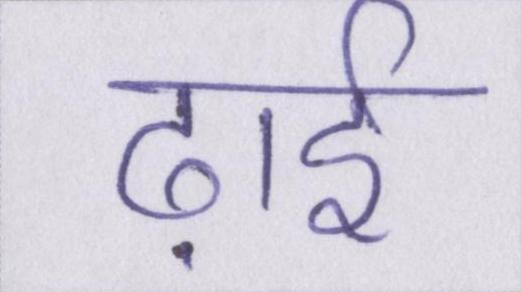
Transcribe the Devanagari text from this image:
ढ़ाई